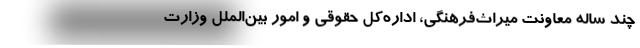
چند ساله معاونت میراث‌فرهنگی، اداره‌کل حقوقی و امور بین‌الملل وزارت